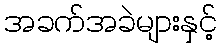
အခက်အခဲများနှင့်